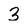
Character: 3